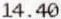
14.40